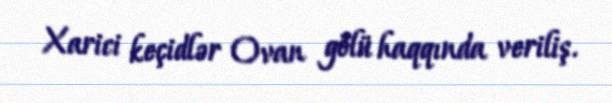
Xarici keçidlər Ovan gölü haqqında veriliş.